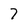
Character: 7